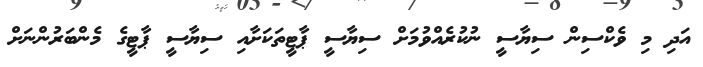
އަދި މި ވެކްސިން ސިޔާސީ ނުކުރެއްވުމަށް ސިޔާސީ ޕާޓީތަކަށާއި ސިޔާސީ ޕާޓީގެ މެންބަރުންނަށް